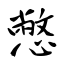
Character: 憋